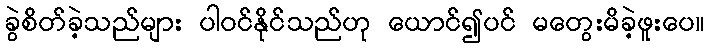
ခွဲစိတ်ခဲ့သည်များ ပါဝင်နိုင်သည်ဟု ယောင်၍ပင် မတွေးမိခဲ့ဖူးပေ။